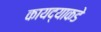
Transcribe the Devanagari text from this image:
कायद्याकडे